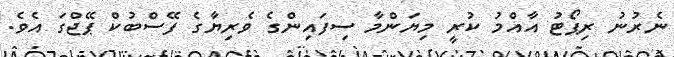
ނެރުނު ރިޕޯޓު އާއްމު ކުރީ މިޔަންމާ ސިފައިންގެ ވެރިޔާގެ ފޭސްބުކް ޕޭޖްގަ އެވެ.